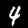
Digit: 4